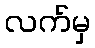
လက်မှ